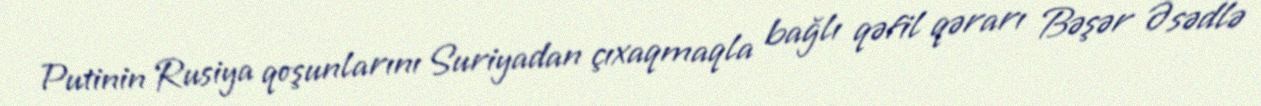
Putinin Rusiya qoşunlarını Suriyadan çıxaqmaqla bağlı qəfil qərarı Bəşər Əsədlə